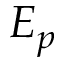
E _ { p }